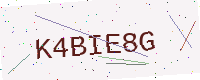
Text: K4BIE8G